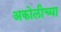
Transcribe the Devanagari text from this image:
अकोलीच्या